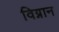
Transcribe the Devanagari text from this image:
विग्नान